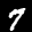
Label: 7